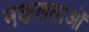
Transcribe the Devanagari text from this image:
नकलताओं